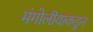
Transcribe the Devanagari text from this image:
मंगोलीयाकडून